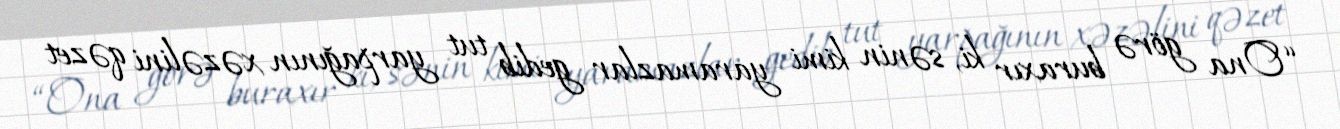
“Ona görə buraxır ki, sənin kimi yaramazlar gedib tut yarpağının xəzəlini qəzet